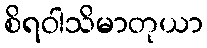
စိရဝါသိမာတုယာ